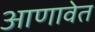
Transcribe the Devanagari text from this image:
आणावेत